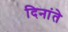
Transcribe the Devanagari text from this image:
दिनांते